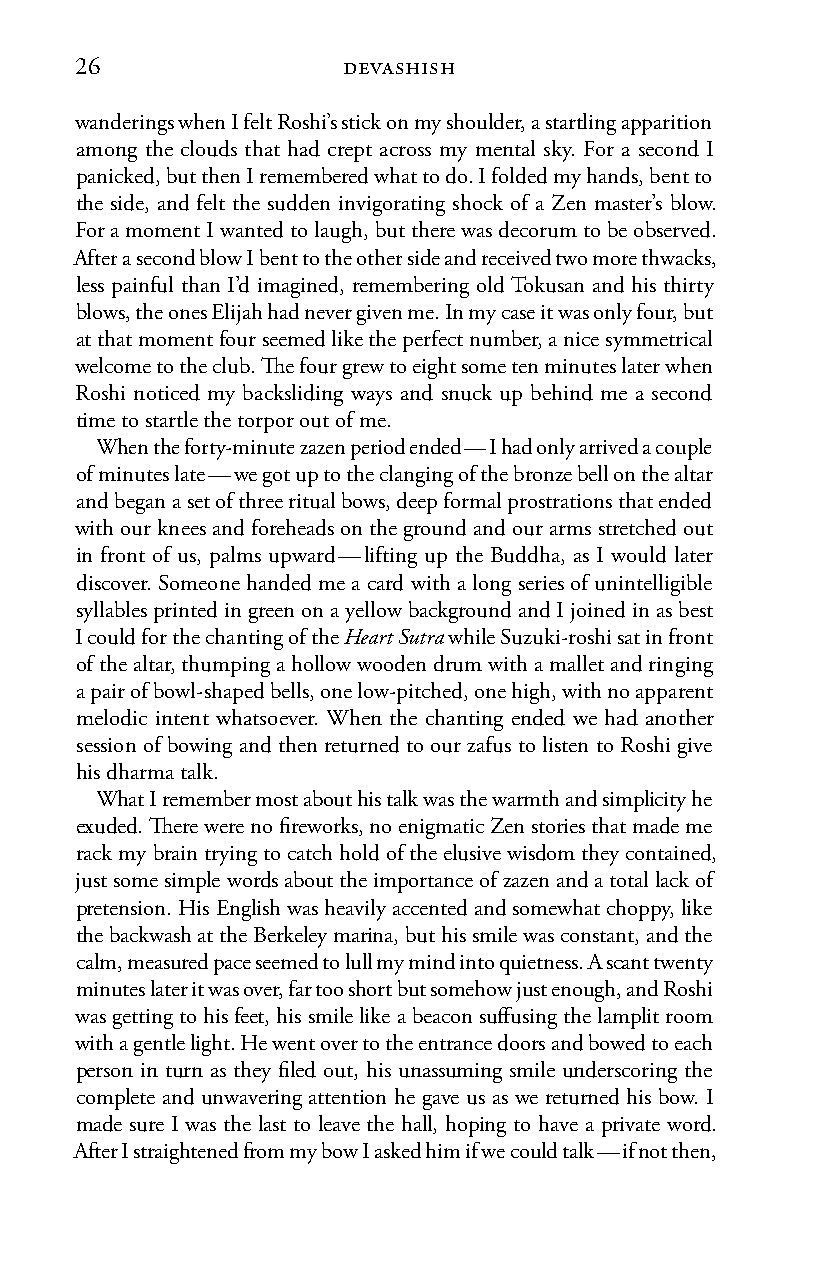
26                devashish
 wanderings when I felt Roshi’s stick on my shoulder, a startling apparition
 among the clouds that had crept across my mental sky. For a second I
 panicked, but then I remembered what to do. I folded my hands, bent to
 the side, and felt the sudden invigorating shock of a Zen master’s blow.
 For a moment I wanted to laugh, but there was decorum to be observed.
 After a second blow I bent to the other side and received two more thwacks,
 less painful than I’d imagined, remembering old Tokusan and his thirty
 blows, the ones Elijah had never given me. In my case it was only four, but
 at that moment four seemed like the perfect number, a nice symmetrical
 welcome to the club. The four grew to eight some ten minutes later when
 Roshi noticed my backsliding ways and snuck up behind me a second
 time to startle the torpor out of me.
 When the forty-minute zazen period ended — I had only arrived a couple
 of minutes late — we got up to the clanging of the bronze bell on the altar
 and began a set of three ritual bows, deep formal prostrations that ended
 with our knees and foreheads on the ground and our arms stretched out
 in front of us, palms upward — lifting up the Buddha, as I would later
 discover. Someone handed me a card with a long series of unintelligible
 syllables printed in green on a yellow background and I joined in as best
 I could for the chanting of the Heart Sutra while Suzuki-roshi sat in front
 of the altar, thumping a hollow wooden drum with a mallet and ringing
 a pair of bowl-shaped bells, one low-pitched, one high, with no apparent
 melodic intent whatsoever. When the chanting ended we had another
 session of bowing and then returned to our zafus to listen to Roshi give
 his dharma talk.
 What I remember most about his talk was the warmth and simplicity he
 exuded. There were no fireworks, no enigmatic Zen stories that made me
 rack my brain trying to catch hold of the elusive wisdom they contained,
 just some simple words about the importance of zazen and a total lack of
 pretension. His English was heavily accented and somewhat choppy, like
 the backwash at the Berkeley marina, but his smile was constant, and the
 calm, measured pace seemed to lull my mind into quietness. A scant twenty
 minutes later it was over, far too short but somehow just enough, and Roshi
 was getting to his feet, his smile like a beacon suffusing the lamplit room
 with a gentle light. He went over to the entrance doors and bowed to each
 person in turn as they filed out, his unassuming smile underscoring the
 complete and unwavering attention he gave us as we returned his bow. I
 made sure I was the last to leave the hall, hoping to have a private word.
 After I straightened from my bow I asked him if we could talk — if not then,